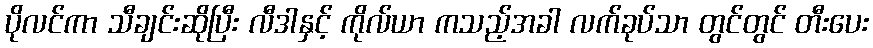
ပိုလင်ကာ သီချင်းဆိုပြီး လီဒါနှင့် ကိုလ်ယာ ကသည့်အခါ လက်ခုပ်သာ တွင်တွင် တီးပေး